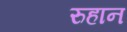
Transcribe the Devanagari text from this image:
रुहान